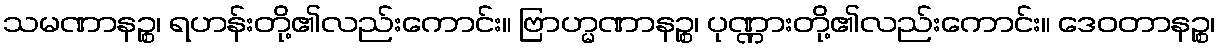
သမဏာနဉ္စ၊ ရဟန်းတို့၏လည်းကောင်း။ ဗြာဟ္မဏာနဉ္စ၊ ပုဏ္ဏားတို့၏လည်းကောင်း။ ဒေဝတာနဉ္စ၊